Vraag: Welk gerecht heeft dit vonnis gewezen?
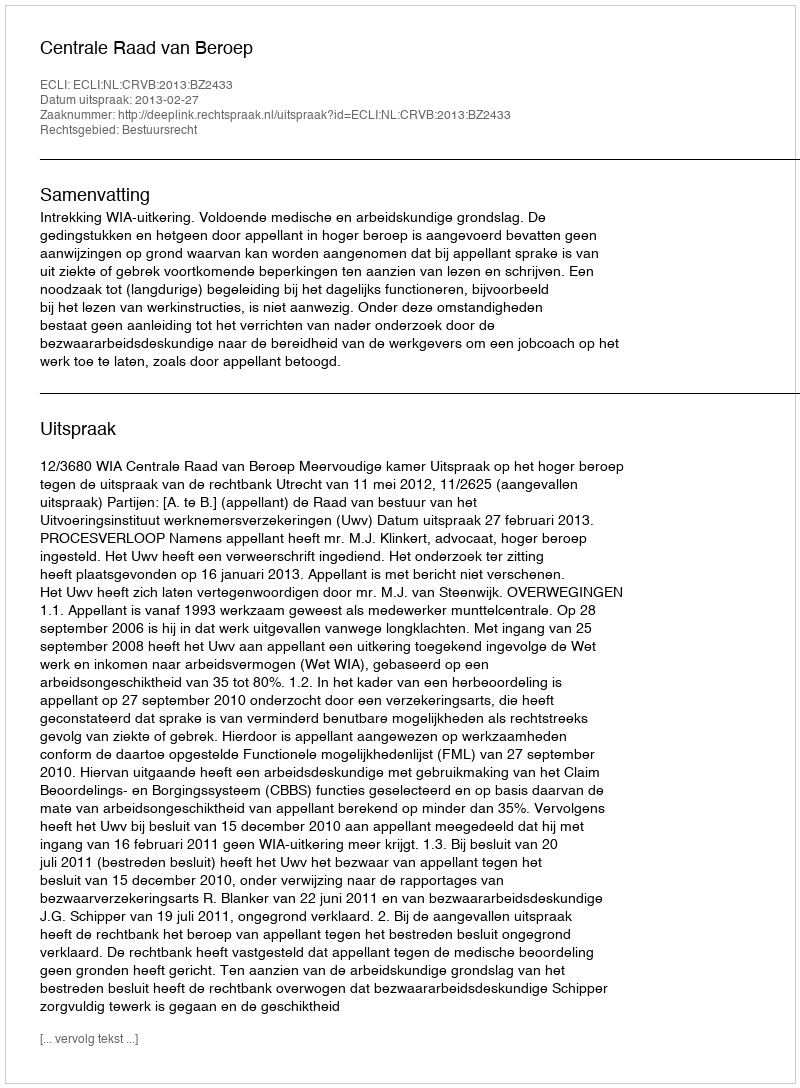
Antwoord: Centrale Raad van Beroep